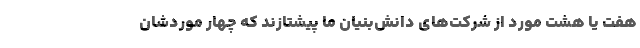
هفت یا هشت مورد از شرکت‌های دانش‌بنیان ما پیشتازند که چهار موردشان